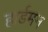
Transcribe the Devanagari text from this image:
हार्डमन